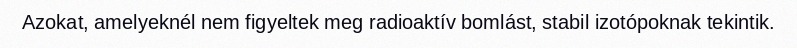
Azokat, amelyeknél nem figyeltek meg radioaktív bomlást, stabil izotópoknak tekintik.